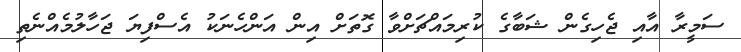
ސަމީރާ އާއި ޖެހިގެން ޝަބާގެ ކުރިމައްޗަށްވާ ގޮތަށް އިން އަންހެނަކު އެސްފިޔަ ޖަހާލުމެއްނެތި